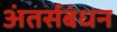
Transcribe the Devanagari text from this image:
अंतर्सबंधन